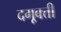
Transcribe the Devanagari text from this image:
दगूबत्ती